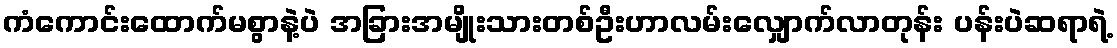
ကံကောင်းထောက်မစွာနဲ့ပဲ အခြားအမျိုးသားတစ်ဦးဟာလမ်းလျှောက်လာတုန်း ပန်းပဲဆရာရဲ့